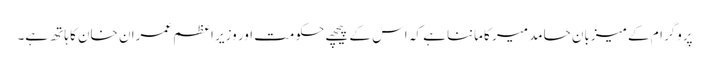
پروگرام کے میزبان حامد میر کا ماننا ہے کہ اس کے پیچھے حکومت اور وزیر اعظم عمران خان کا ہاتھ ہے۔